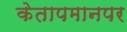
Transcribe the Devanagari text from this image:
केतापमानपर